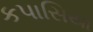
કપાસિયા